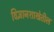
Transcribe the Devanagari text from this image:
विज्ञानशाखेतील